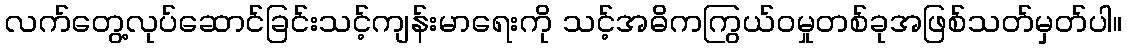
လက်တွေ့လုပ်ဆောင်ခြင်းသင့်ကျန်းမာရေးကို သင့်အဓိကကြွယ်ဝမှုတစ်ခုအဖြစ်သတ်မှတ်ပါ။